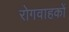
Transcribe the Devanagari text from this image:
रोगवाहकों